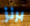
برنز